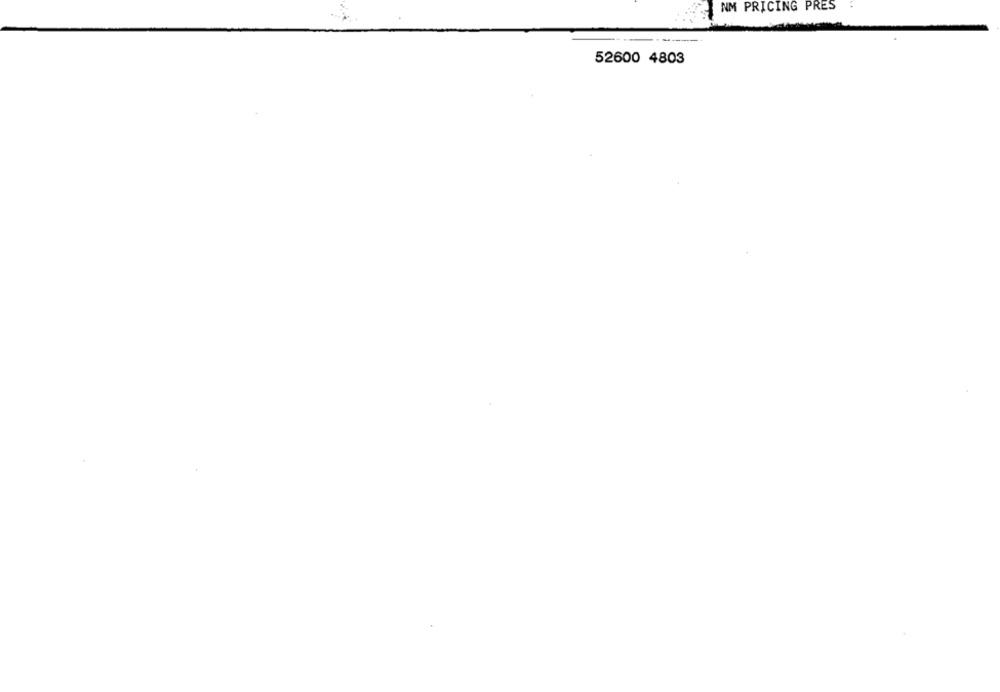
NM PRICING PRES
52600 4803